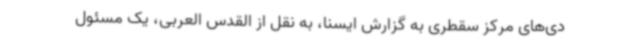
دی‌های مرکز سقطری به گزارش ایسنا، به نقل از القدس العربی، یک مسئول